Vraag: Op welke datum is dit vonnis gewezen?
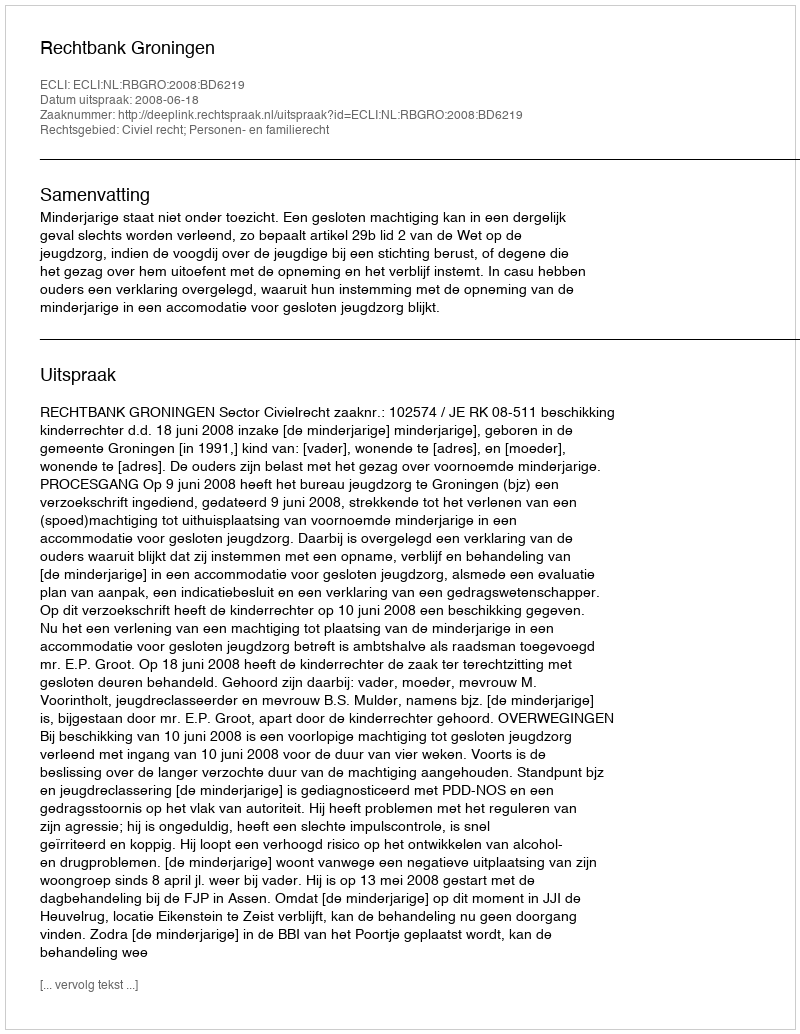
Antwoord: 2008-06-18